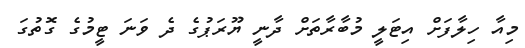
މިއާ ހިލާފަށް އިޓަލީ މުބާރާތަށް ދާނީ ޔޫރަޕުގެ ދެ ވަނަ ޓީމުގެ ގޮތުގަ